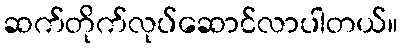
ဆက်တိုက်လုပ်ဆောင်လာပါတယ်။